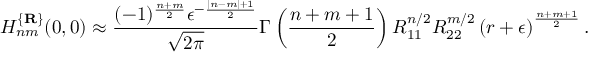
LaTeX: H _ { n m } ^ { \{ { \bf R } \} } ( 0 , 0 ) \approx \frac { ( - 1 ) ^ { \frac { n + m } 2 } \epsilon ^ { - \frac { | n - m | + 1 } 2 } } { \sqrt { 2 \pi } } \Gamma \left( \frac { n + m + 1 } 2 \right) R _ { 1 1 } ^ { n / 2 } R _ { 2 2 } ^ { m / 2 } \left( r + \epsilon \right) ^ { \frac { n + m + 1 } 2 } .